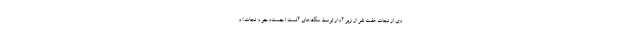
وی از نجات هفت نفر از زیر آوار توسط سگ‌های آنست (جست‌وجو و نجات) و